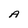
Character: A